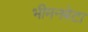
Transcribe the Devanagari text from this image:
भीमनबेटा